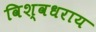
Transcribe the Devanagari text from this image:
विश्वधराय